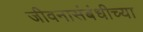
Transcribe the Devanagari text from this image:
जीवनासंबंधीच्या